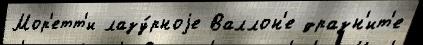
Мор'етт'и лазу́рноjе Валлон'е дразн'ит'е